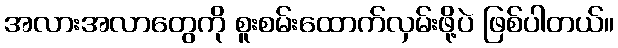
အလားအလာတွေကို စူးစမ်းထောက်လှမ်းဖို့ပဲ ဖြစ်ပါတယ်။